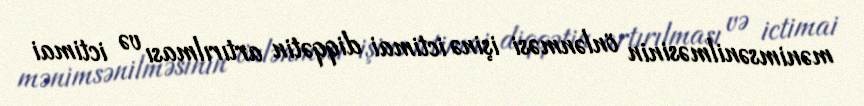
mənimsənilməsinin önlənməsi işinə ictimai diqqətin artırılması və ictimai